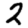
Digit: 2